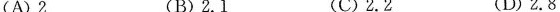
(A)2 (B)2.1 (C)2.2 (D)2.8